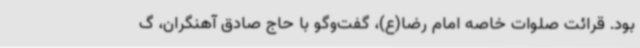
بود. قرائت صلوات خاصه امام رضا(ع)، گفت‌وگو با حاج صادق آهنگران، گ